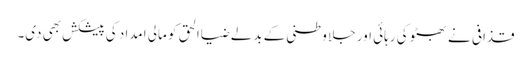
قذافی نے بھٹو کی رہائی اور جلا وطنی کے بدلے ضیاالحق کو مالی امداد کی پیشکش بھی دی۔